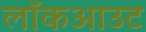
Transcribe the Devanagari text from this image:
लॉकआउट